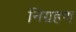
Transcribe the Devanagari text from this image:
निग्रहण